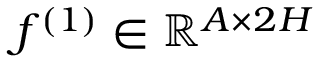
f ^ { ( 1 ) } \in \mathbb { R } ^ { A \times 2 H }